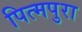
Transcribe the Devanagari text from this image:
पित्मपुरा